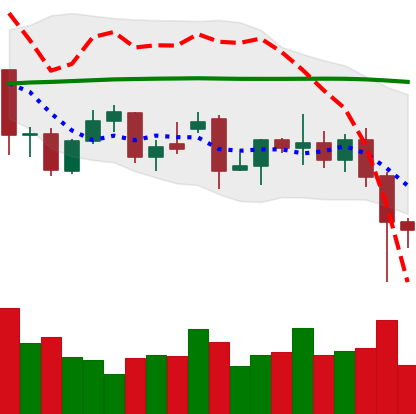
Ticker: XMR-USD
Chart end date: 2021-12-05
Forward return: -5.654%
Label: down_5_7